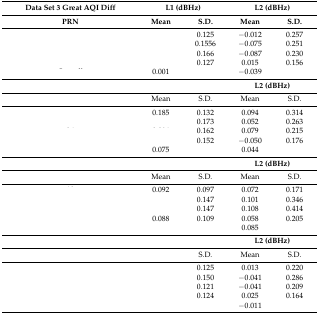
<table><thead><tr><td><b>Data Set 3 Great AQI Diff</b></td><td colspan="2"><b>L1 (dBHz)</b></td><td colspan="2"><b>L2 (dBHz)</b></td></tr><tr><td><b>PRN</b></td><td><b>Mean</b></td><td><b>S.D.</b></td><td><b>Mean</b></td><td><b>S.D.</b></td></tr></thead><tbody><tr><td>[EMPTY_CELL]</td><td>[EMPTY_CELL]</td><td>0.125</td><td>−0.012</td><td>0.257</td></tr><tr><td>[EMPTY_CELL]</td><td>[EMPTY_CELL]</td><td>0.1556</td><td>−0.075</td><td>0.251</td></tr><tr><td>[EMPTY_CELL]</td><td>[EMPTY_CELL]</td><td>0.166</td><td>−0.087</td><td>0.230</td></tr><tr><td>[EMPTY_CELL]</td><td>[EMPTY_CELL]</td><td>0.127</td><td>0.015</td><td>0.156</td></tr><tr><td>[EMPTY_CELL]</td><td>0.001</td><td>[EMPTY_CELL]</td><td>−0.039</td><td>[EMPTY_CELL]</td></tr><tr><td>[EMPTY_CELL]</td><td colspan="2">[EMPTY_CELL]</td><td colspan="2"><b>L2 (dBHz)</b></td></tr><tr><td>[EMPTY_CELL]</td><td>Mean</td><td>S.D.</td><td>Mean</td><td>S.D.</td></tr><tr><td>[EMPTY_CELL]</td><td>0.185</td><td>0.132</td><td>0.094</td><td>0.314</td></tr><tr><td>[EMPTY_CELL]</td><td>[EMPTY_CELL]</td><td>0.173</td><td>0.052</td><td>0.263</td></tr><tr><td>[EMPTY_CELL]</td><td>[EMPTY_CELL]</td><td>0.162</td><td>0.079</td><td>0.215</td></tr><tr><td>[EMPTY_CELL]</td><td>[EMPTY_CELL]</td><td>0.152</td><td>−0.050</td><td>0.176</td></tr><tr><td>[EMPTY_CELL]</td><td>0.075</td><td>[EMPTY_CELL]</td><td>0.044</td><td>[EMPTY_CELL]</td></tr><tr><td>[EMPTY_CELL]</td><td colspan="2">[EMPTY_CELL]</td><td colspan="2"><b>L2 (dBHz)</b></td></tr><tr><td>[EMPTY_CELL]</td><td>Mean</td><td>S.D.</td><td>Mean</td><td>S.D.</td></tr><tr><td>[EMPTY_CELL]</td><td>0.092</td><td>0.097</td><td>0.072</td><td>0.171</td></tr><tr><td>[EMPTY_CELL]</td><td>[EMPTY_CELL]</td><td>0.147</td><td>0.101</td><td>0.346</td></tr><tr><td>[EMPTY_CELL]</td><td>[EMPTY_CELL]</td><td>0.147</td><td>0.108</td><td>0.414</td></tr><tr><td>[EMPTY_CELL]</td><td>0.088</td><td>0.109</td><td>0.058</td><td>0.205</td></tr><tr><td>[EMPTY_CELL]</td><td>[EMPTY_CELL]</td><td>[EMPTY_CELL]</td><td>0.085</td><td>[EMPTY_CELL]</td></tr><tr><td>[EMPTY_CELL]</td><td colspan="2">[EMPTY_CELL]</td><td colspan="2"><b>L2 (dBHz)</b></td></tr><tr><td>[EMPTY_CELL]</td><td>[EMPTY_CELL]</td><td>S.D.</td><td>Mean</td><td>S.D.</td></tr><tr><td>[EMPTY_CELL]</td><td>[EMPTY_CELL]</td><td>0.125</td><td>0.013</td><td>0.220</td></tr><tr><td>[EMPTY_CELL]</td><td>[EMPTY_CELL]</td><td>0.150</td><td>−0.041</td><td>0.286</td></tr><tr><td>[EMPTY_CELL]</td><td>[EMPTY_CELL]</td><td>0.121</td><td>−0.041</td><td>0.209</td></tr><tr><td>[EMPTY_CELL]</td><td>[EMPTY_CELL]</td><td>0.124</td><td>0.025</td><td>0.164</td></tr><tr><td>[EMPTY_CELL]</td><td>[EMPTY_CELL]</td><td>[EMPTY_CELL]</td><td>−0.011</td><td>[EMPTY_CELL]</td></tr></tbody></table>